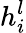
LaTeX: h_{i}^{l}